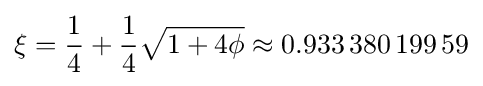
\xi ={\frac {1}{4}}+{\frac {1}{4}}{\sqrt {1+4\phi }}\approx 0.933\,380\,199\,59